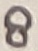
Text: 8